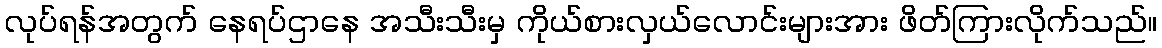
လုပ်ရန်အတွက် နေရပ်ဌာနေ အသီးသီးမှ ကိုယ်စားလှယ်လောင်းများအား ဖိတ်ကြားလိုက်သည်။